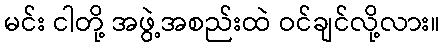
မင်း ငါတို့ အဖွဲ့အစည်းထဲ ဝင်ချင်လို့လား။